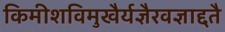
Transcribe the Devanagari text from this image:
किमीशविमुखैर्यज्ञैरवज्ञाद्दतै